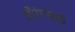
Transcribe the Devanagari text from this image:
औरंगजेबी